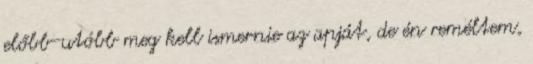
előbb-utóbb meg kell ismernie az apját, de én reméltem,